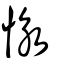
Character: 怺